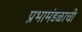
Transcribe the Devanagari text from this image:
प्रभामंडळाची